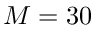
M = 3 0